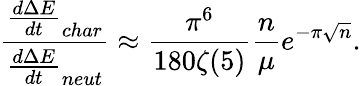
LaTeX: \frac{\frac{d\Delta E}{dt}_{char}}{\frac{d\Delta E}{dt}_{neut}}\approx\frac{\pi^{6}}{180\zeta(5)}\frac{n}{\mu}e^{-\pi\sqrt{n}}.